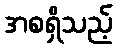
အစရှိသည့်